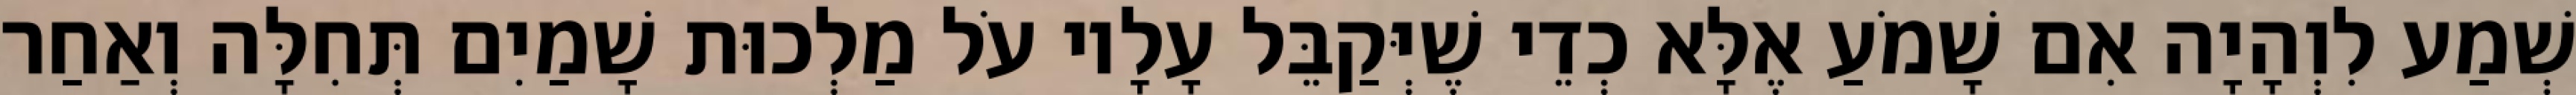
שְׁמַע לִוְהָיָה אִם שָׁמֹעַ אֶלָּא כְדֵי שֶׁיְּקַבֵּל עָלָיו עֹל מַלְכוּת שָׁמַיִם תְּחִלָּה וְאַחַר